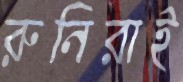
রুনিরাই